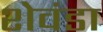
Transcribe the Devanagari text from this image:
शेवंडा